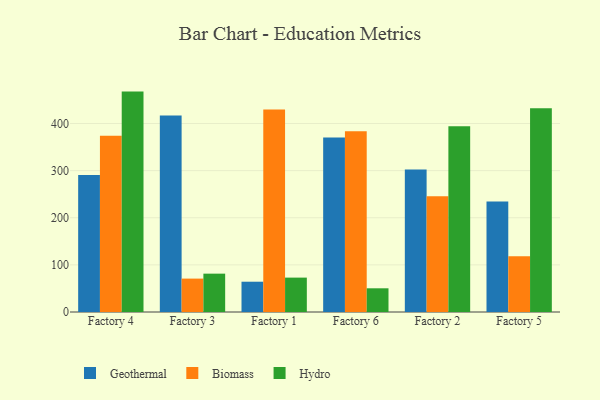
{"axis": {"x": "Factory", "y": "Net Income (USD K)"}, "legend": ["Biomass", "Geothermal", "Hydro"], "data": [{"x": "Factory 4", "y": 290.7, "type": "Geothermal"}, {"x": "Factory 4", "y": 373.9, "type": "Biomass"}, {"x": "Factory 4", "y": 467.8, "type": "Hydro"}, {"x": "Factory 3", "y": 416.9, "type": "Geothermal"}, {"x": "Factory 3", "y": 70.9, "type": "Biomass"}, {"x": "Factory 3", "y": 81.4, "type": "Hydro"}, {"x": "Factory 1", "y": 64.3, "type": "Geothermal"}, {"x": "Factory 1", "y": 429.9, "type": "Biomass"}, {"x": "Factory 1", "y": 73.0, "type": "Hydro"}, {"x": "Factory 6", "y": 370.5, "type": "Geothermal"}, {"x": "Factory 6", "y": 383.6, "type": "Biomass"}, {"x": "Factory 6", "y": 50.3, "type": "Hydro"}, {"x": "Factory 2", "y": 302.5, "type": "Geothermal"}, {"x": "Factory 2", "y": 245.6, "type": "Biomass"}, {"x": "Factory 2", "y": 394.5, "type": "Hydro"}, {"x": "Factory 5", "y": 234.8, "type": "Geothermal"}, {"x": "Factory 5", "y": 118.3, "type": "Biomass"}, {"x": "Factory 5", "y": 432.3, "type": "Hydro"}]}